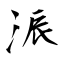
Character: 浱